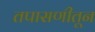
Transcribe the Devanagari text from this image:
तपासणीतून